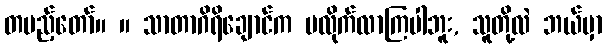
တပည့်တော်။ ။ သာတာဂိရိချောင်က မလိုက်လာကြပါဘူး, သူတို့လဲ ဘယ်မှာ